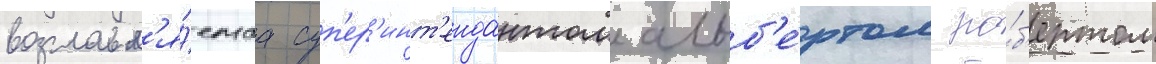
возглавл'я́емаа суп'ер'инт'ендантом альб'е́ртом ро́б'ертом